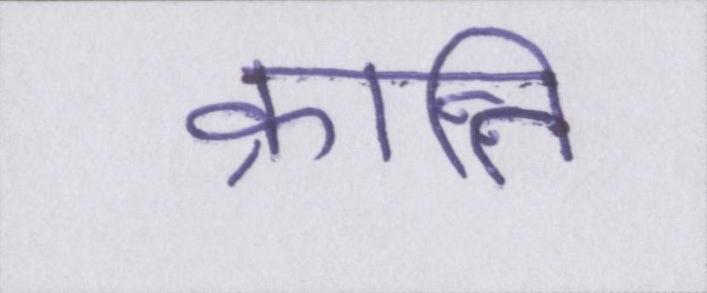
क्रान्ति